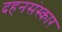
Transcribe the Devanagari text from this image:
दहनसंस्कार